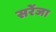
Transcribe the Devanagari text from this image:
सरेंजा